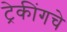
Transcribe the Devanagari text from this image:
ट्रेकींगचे